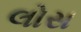
લોસ